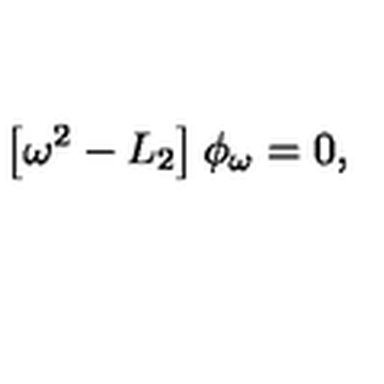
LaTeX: \left[ \omega ^ { 2 } - L _ { 2 } \right] \phi _ { \omega } = 0 ,